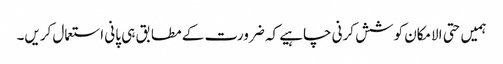
ہمیں حتی الامکان کوشش کرنی چاہیے کہ ضرورت کے مطابق ہی پانی استعمال کریں۔